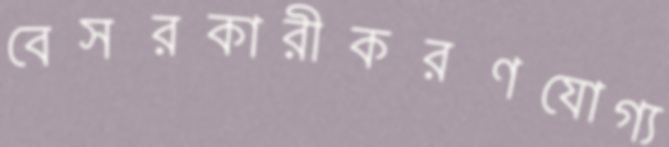
বেসরকারীকরণযোগ্য